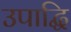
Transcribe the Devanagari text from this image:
उपाद्धि